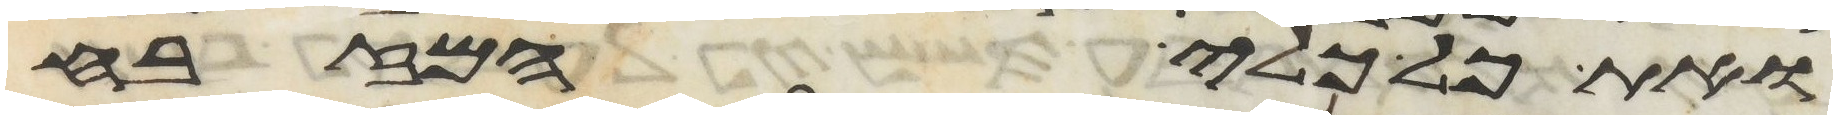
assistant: ואת כל כלי המזבח